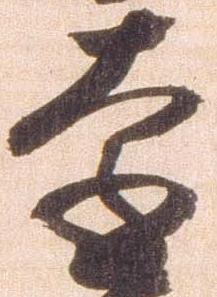
遠